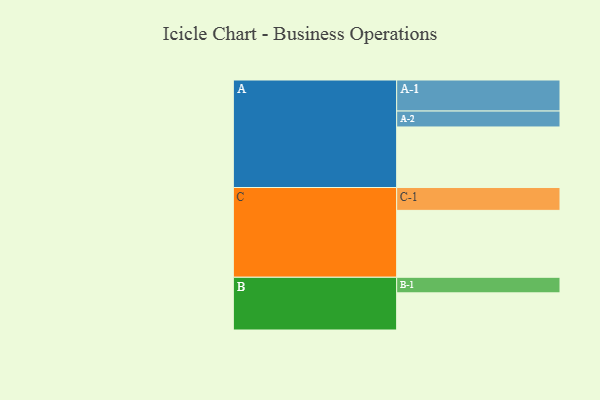
{"axis": {"x": "Segment", "y": "Value"}, "legend": ["", "A", "B", "C"], "data": [{"x": "A", "y": 525, "type": ""}, {"x": "B", "y": 322, "type": ""}, {"x": "C", "y": 580, "type": ""}, {"x": "A-1", "y": 269, "type": "A"}, {"x": "A-2", "y": 138, "type": "A"}, {"x": "B-1", "y": 135, "type": "B"}, {"x": "C-1", "y": 198, "type": "C"}]}